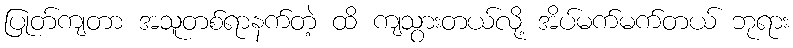
ပြုတ်ကျတာ အသူတစ်ရာနက်တဲ့ ထိ ကျသွားတယ်လို့ အိပ်မက်မက်တယ် ဘုရား